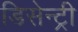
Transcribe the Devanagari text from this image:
डिसेन्ट्री